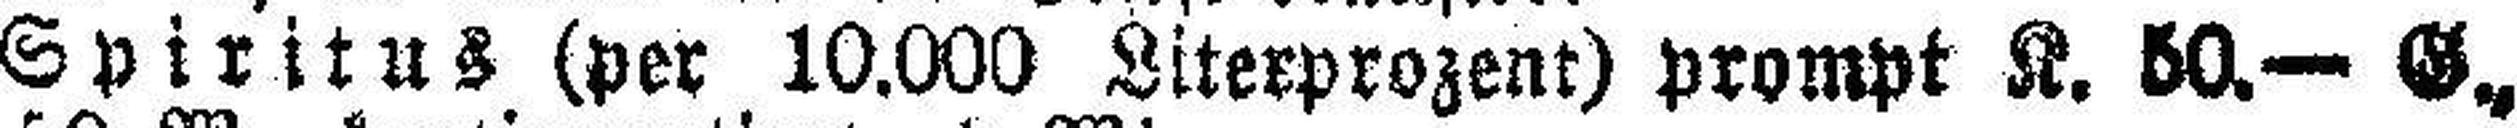
Spiritus (per 10.000 Literprozent) prompt K. 50.— G,